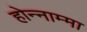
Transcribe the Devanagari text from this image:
होन्नाम्मा